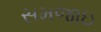
સમજાઇ